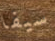
سيفا